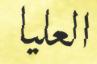
العليا